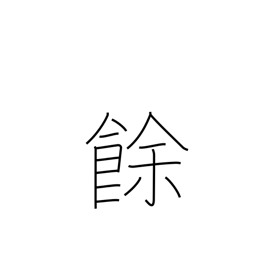
Meaning: excess